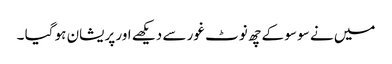
میں نے سو سو کے چھ نوٹ غور سے دیکھے اور پریشان ہو گیا ۔